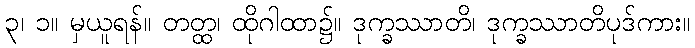
၃၊ ၁။ မှယူရန်။ တတ္ထ၊ ထိုဂါထာ၌။ ဒုက္ခဿာတိ၊ ဒုက္ခဿာတိပုဒ်ကား။